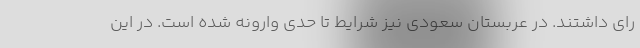
رای داشتند. در عربستان سعودی نیز شرایط تا حدی وارونه شده است. در این